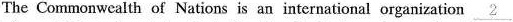
The Commonwealth of Nations is an international organization \underline{ 2 }